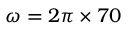
\omega = 2 \pi \times 7 0